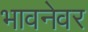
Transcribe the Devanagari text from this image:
भावनेवर